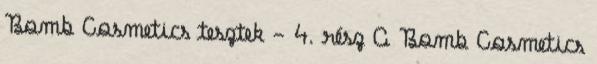
Bomb Cosmetics tesztek - 4. rész A Bomb Cosmetics